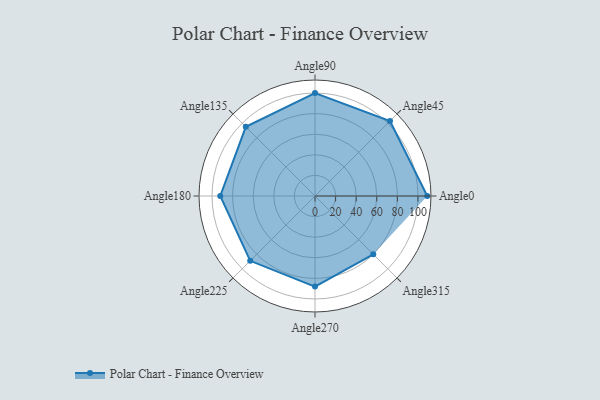
{"axis": {"x": "Angle", "y": "Radius"}, "legend": [""], "data": [{"x": "Angle0", "y": 109.0, "type": ""}, {"x": "Angle45", "y": 103.0, "type": ""}, {"x": "Angle90", "y": 100.0, "type": ""}, {"x": "Angle135", "y": 95.0, "type": ""}, {"x": "Angle180", "y": 92.0, "type": ""}, {"x": "Angle225", "y": 89.0, "type": ""}, {"x": "Angle270", "y": 88.0, "type": ""}, {"x": "Angle315", "y": 80.0, "type": ""}]}